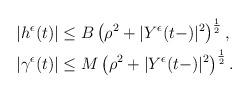
LaTeX: \begin{align*}\begin{aligned}&|h^{\epsilon}(t)|\leq B\left(\rho^{2}+|Y^{\epsilon}(t-)|^{2}\right)^{\frac{1}{2}},\\&|\gamma^{\epsilon}(t)|\leq M\left(\rho^{2}+|Y^{\epsilon}(t-)|^{2}\right)^{\frac{1}{2}}.\end{aligned}\end{align*}